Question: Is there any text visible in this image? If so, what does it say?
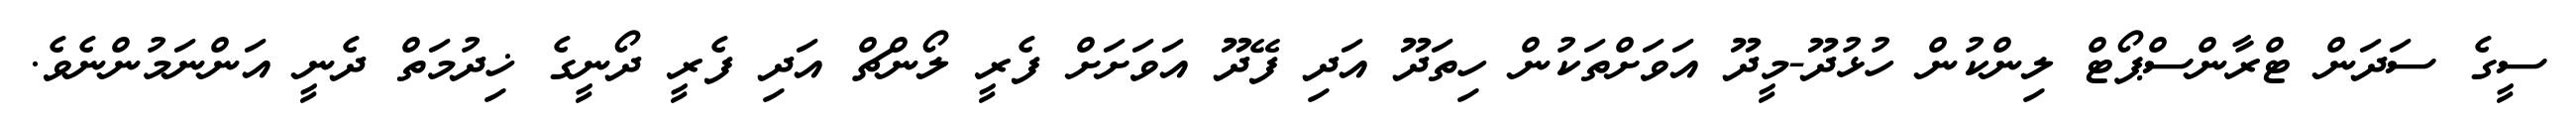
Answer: ސީގެ ސަދަން ޓްރާންސްޕޯޓް ލިންކުން ހުޅުދޫ-މީދޫ އަވަށްތަކުން ހިތަދޫ އަދި ފޭދޫ އަވަށަށް ފެރީ ލޯންޗް އަދި ފެރީ ދޯނީގެ ޚިދުމަތް ދެނީ އަންނަމުންނެވެ.